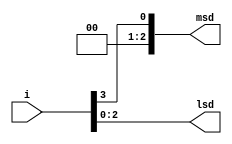
module bin2oct ( input [3:0] i, output [2:0] msd,lsd);
	
	assign lsd =i[2:0];
	assign msd = {3'd0,i[3]};
	
endmodule

module tb;
	reg [3:0] i;
	wire [2:0] msd,lsd;
	
	integer j;
	
	bin2oct dut07_3(i,msd,lsd);
	
	initial begin
		for (j=0;j<18;j=j+1) begin
			i=j;
			#1;
			$display("i=%d msd= %d lsd =%d",i,msd,lsd);
		end
	end
endmodule